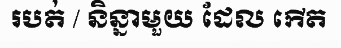
របត់ / និន្នាមួយ ដែល កើត